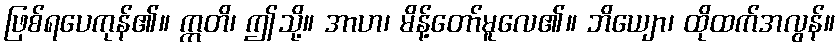
ဖြစ်ရပေကုန်၏။ ဣတိ၊ ဤသို့။ အာဟ၊ မိန့်တော်မူလေ၏။ ဘိယျော၊ ထိုထက်အလွန်။